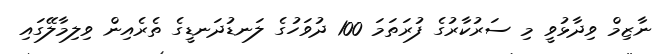
ނާޒިމް ވިދާޅުވީ މި ސަރުކާރުގެ ފުރަތަމަ 100 ދުވަހުގެ ލަނޑުދަނޑީގެ ތެރެއިން ވިލިމާލޭގައި